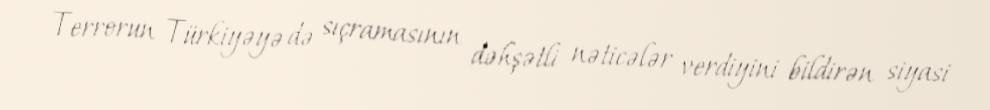
Terrorun Türkiyəyə də sıçramasının dəhşətli nəticələr verdiyini bildirən siyasi